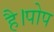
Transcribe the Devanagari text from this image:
है।पोप